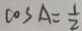
\cos A = \frac { 1 } { 2 }